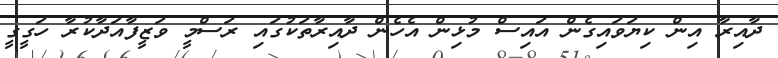
ދާއިރާ އިން ކިޔަވައިގެން އައިސް މުޅިން އެހެން ދާއިރާތަކުގައި ރަސްމީ ވަޒީފާއަދާކުރާ ހަގީގީ